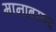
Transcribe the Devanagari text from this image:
मानाबराना